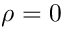
\rho = 0